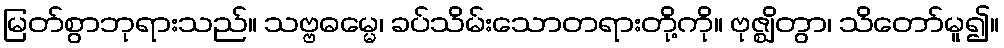
မြတ်စွာဘုရားသည်။ သဗ္ဗဓမ္မေ၊ ခပ်သိမ်းသောတရားတို့ကို။ ဗုဇ္ဈိတွာ၊ သိတော်မူ၍။